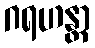
ဂရဟန္တာ